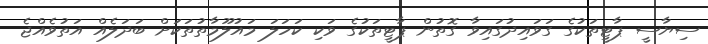
ސިޔާސީ ޕާޓީތަކުގެ ގަވައިދުގައިވާ ގޮތުން ޕާޓީތަކުގެ ވަކި ކަހަލަ މައުލޫމާތުތަކަށް ބަދަލެއް އަތުވެއްޖެ